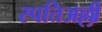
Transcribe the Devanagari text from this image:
स्पतिअल्ली